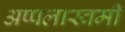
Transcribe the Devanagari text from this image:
अप्पलास्वमी